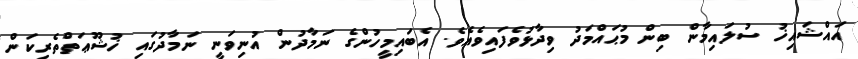
އައްޝައިޚު ސުލައިމާން ބިން މުޙައްމަދު ވިދާޅުވެފައިވެއެވެ. އެބައިމީހުންގެ ނަމާދުން އުނިވަނީ ނަމާދުގައި ޚުޝޫޢަތްތެރިކަން